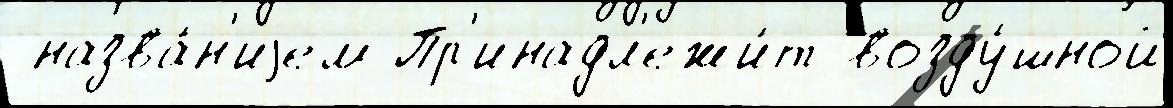
 назва́н'иjем Пр'инадл'ежи́т возду́шной